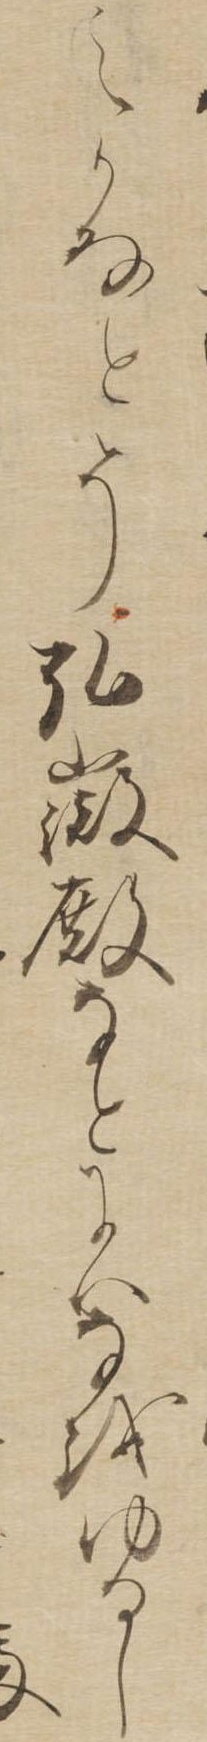
えかなとそ弘徽殿なとにはなをゆるし